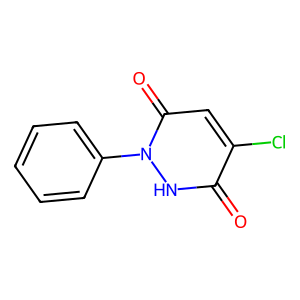
SMILES: O=c1[nH]n(-c2ccccc2)c(=O)cc1Cl
Inhibits HIV replication: No